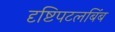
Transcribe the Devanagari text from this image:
दृष्टिपटलबिंब